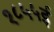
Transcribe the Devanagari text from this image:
१८५५ई